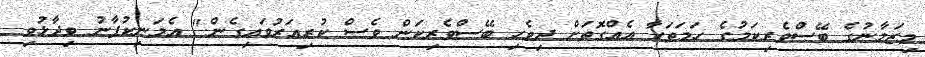
މިޒަމާނުގެ ބޭސްވެރިކަމުގެ ހަމަތަކާ އެއްގޮތަށް ދިވެހި ބޭސްވެރިކަން ވެސް ކުރިއަރުވައިގެން." އެމަނިކުފާނު ވިދާޅުވި